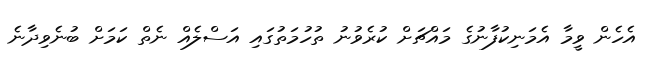
އެހެން ވީމާ އެމަނިކުފާނުގެ މައްޗަށް ކުރެވުނު ތުހުމަތުގައި އަސްލެއް ނެތް ކަމަށް ބުނެވިދާނެ